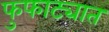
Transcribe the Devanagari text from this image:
फुफाट्यात